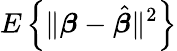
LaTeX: E\left\{ \| {\boldsymbol{\beta}}-{\hat{\boldsymbol{\beta}}}\| ^{2}\right\}